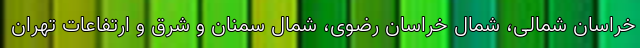
خراسان شمالی، شمال خراسان رضوی، شمال سمنان و شرق و ارتفاعات تهران